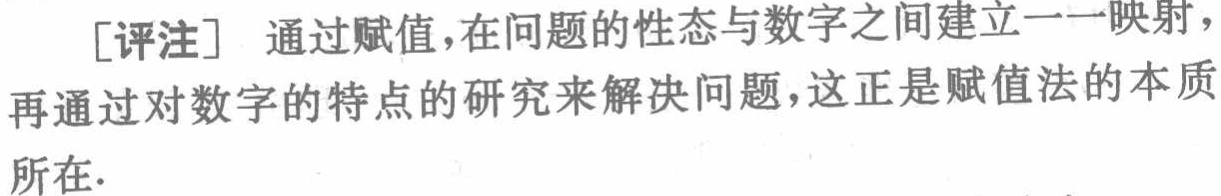
[评注] 通过赋值，在问题的性态与数字之间建立一一映射，再通过对数字的特点的研究来解决问题，这正是赋值法的本质所在.